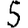
Digit: 5